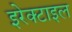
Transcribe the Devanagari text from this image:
इरेक्टाइल